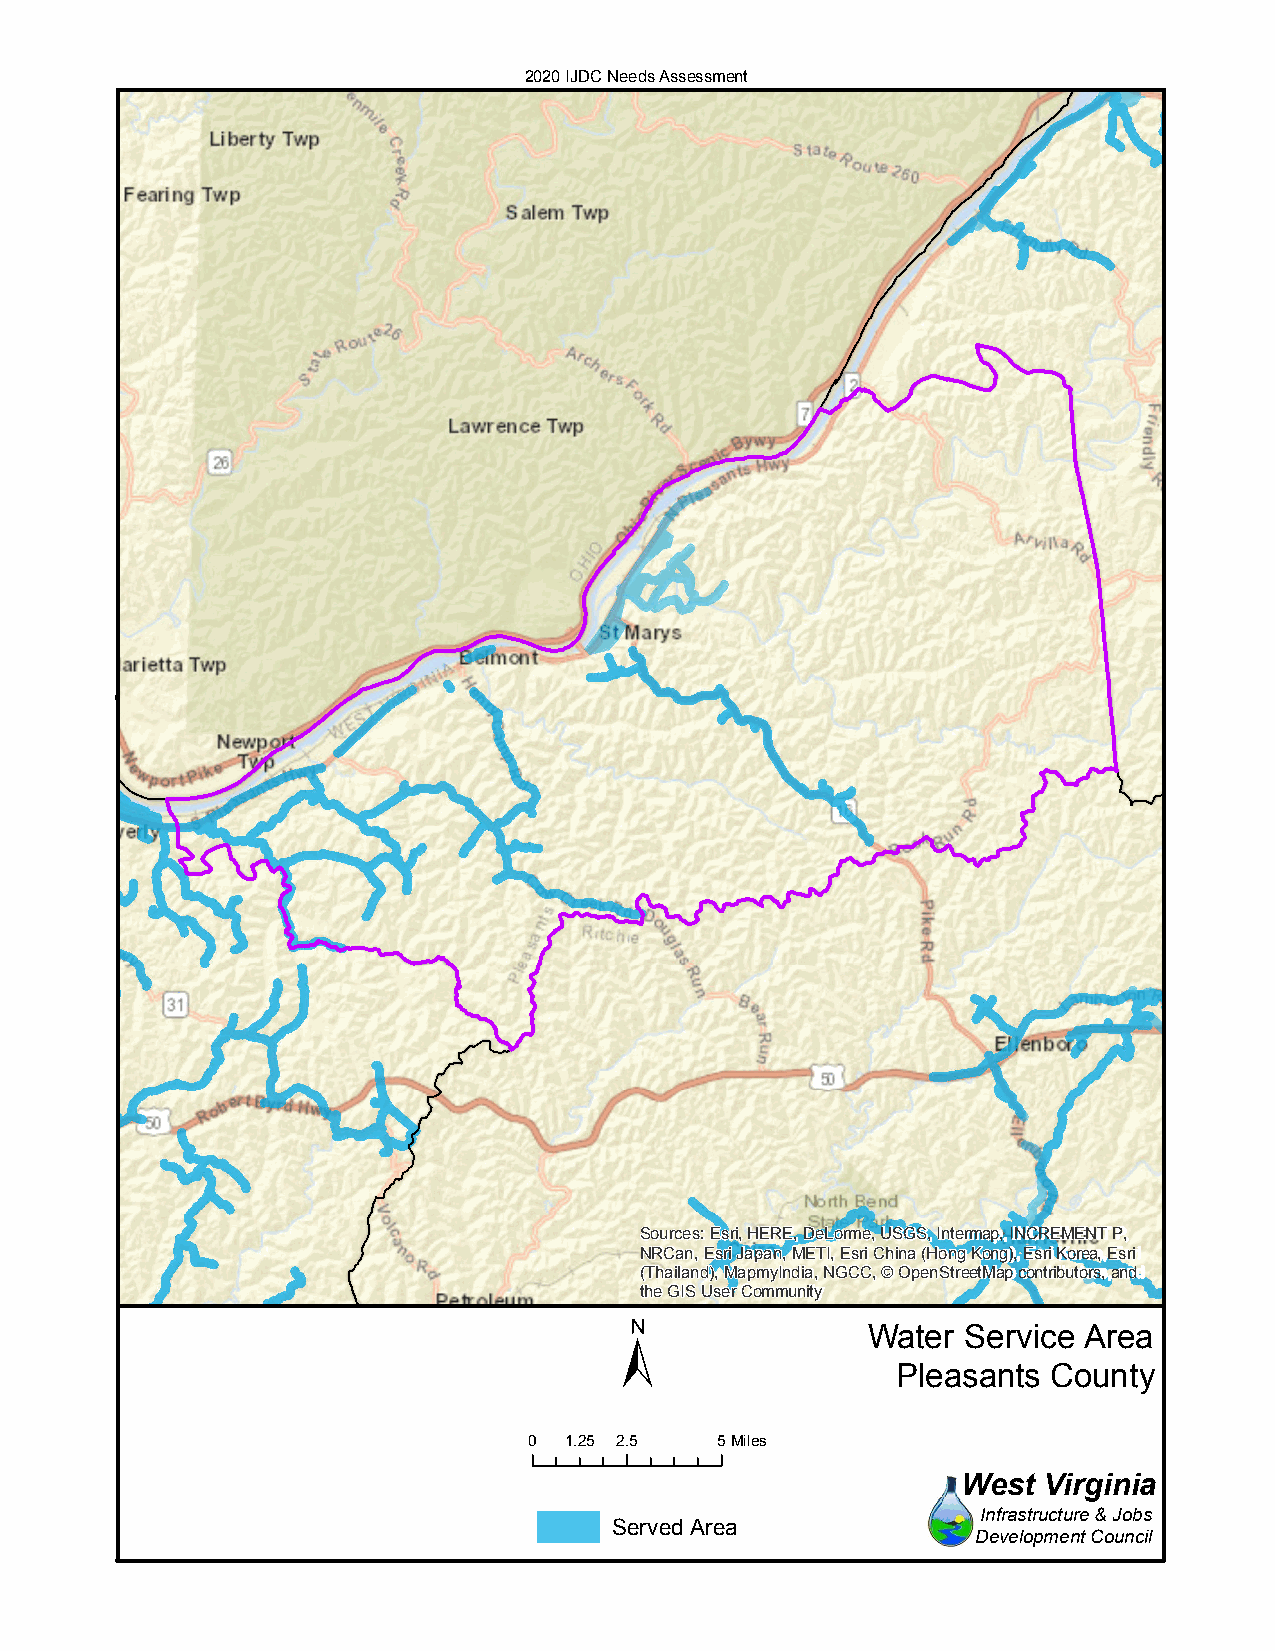
2020 IJDC Needs Assessment
 Sources: Esri, HERE, DeLorme, USGS, Intermap, INCREMENT P,
 NRCan, Esri Japan, METI, Esri China (Hong Kong), Esri Korea, Esri
 (Thailand), MapmyIndia, NGCC, © OpenStreetMap contributors, and
 the GIS User Community
 ±
 Water  Service Area
 Pleasants  County
 0 1.25 2.5  5Miles
 West Virginia
 Infrastructure & Jobs
 Served Area
 Development Council